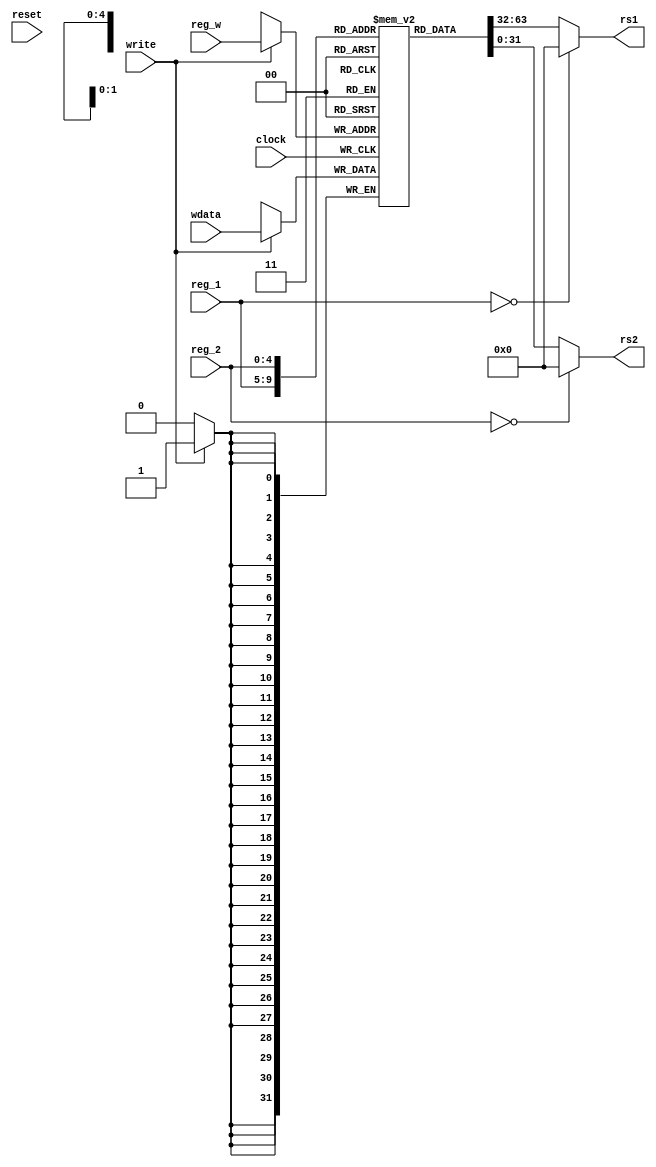
`timescale 1ns / 1ps
//////////////////////////////////////////////////////////////////////////////////
// Company: 
// Engineer: 
// 
// Design Name: 
// Module Name: register_file
// Project Name: 
// Target Devices: 
// Tool Versions: 
// Description: 
// 
// Dependencies: 
// 
// Revision:
// Revision 0.01 - File Created
// Additional Comments:
// 
//////////////////////////////////////////////////////////////////////////////////


module register_file(clock, reset, reg_w, reg_1, reg_2, write, wdata, rs1, rs2);
    parameter XLEN = 32;
    
    input clock;
    input reset;
    input [4:0] reg_w;
    input [4:0] reg_1;
    input [4:0] reg_2;
    input write;
    input [XLEN-1:0] wdata;
    output[XLEN-1:0] rs1, rs2;
    
    reg [XLEN-1:0] registers[31:1];
    always @(posedge clock) begin
        if ( write ) registers[reg_w] <= wdata;
    end
    
    assign rs1 = reg_1 == 0 ? 0 : registers[reg_1];
    assign rs2 = reg_2 == 0 ? 0 : registers[reg_2];
endmodule